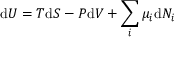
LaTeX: \mathrm { d } U = T \mathrm { d } S - P \mathrm { d } V + \sum _ { i } \mu _ { i } \mathrm { d } N _ { i } \,